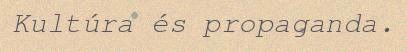
Kultúra és propaganda.